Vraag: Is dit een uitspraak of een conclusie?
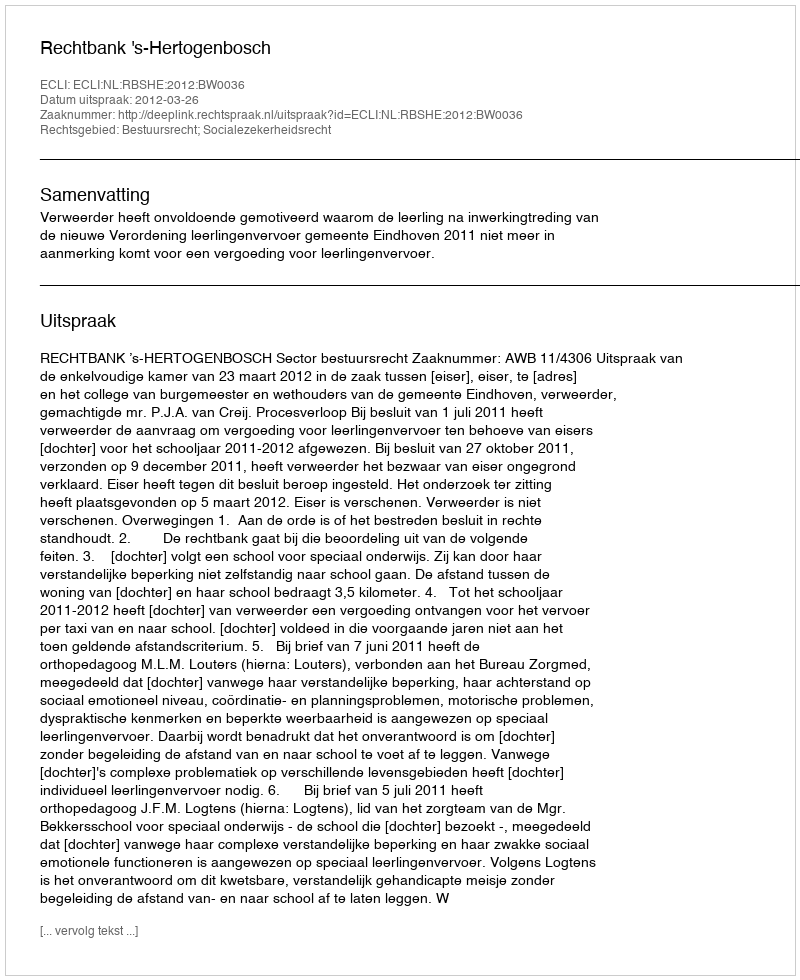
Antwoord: Uitspraak